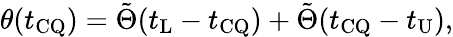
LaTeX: \theta(t_{\mathrm{CQ}})=\tilde{\Theta}(t_{\mathrm{L}}-t_{\mathrm{CQ}})+\tilde{\Theta}(t_{\mathrm{CQ}}-t_{\mathrm{U}}),